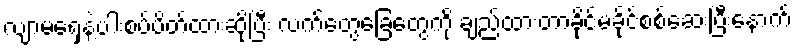
လျာမရှေနဲ့ပါးစပ်ပိတ်ထားဆိုပြီး လက်တွေခြေတွေကို ချည်ထားတာခိုင်မခိုင်စစ်ဆေးပြီးနောက်